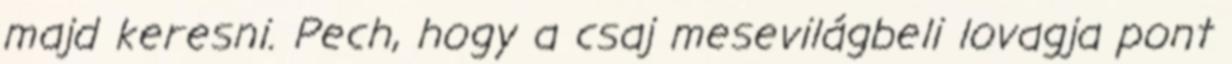
majd keresni. Pech, hogy a csaj mesevilágbeli lovagja pont